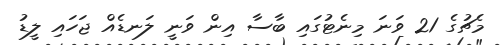
މެޗުގެ 21 ވަނަ މިނެޓުގައި ބާސާ އިން ވަނީ ލަނޑެއް ޖަހައި ލީޑު